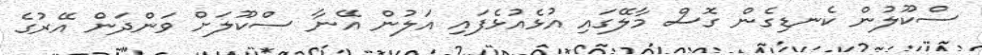
ސްކޫލުން ކެނޑިގެން ގޮސް މާލޭގައި އުޅެއުޅެފައި އަލުން އޭނާ ސްކޫލަށް ވަންދަން އޭރުގެ